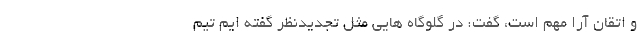
و اتقان آرا مهم است، گفت: در گلوگاه هایی مثل تجدیدنظر گفته ایم تیم